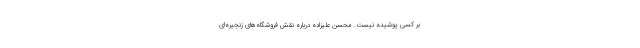
بر کسی پوشیده نیست. محسن علیزاده درباره نقش فروشگاه‌های زنجیره‌ای